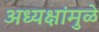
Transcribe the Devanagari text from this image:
अध्यक्षांमुळे